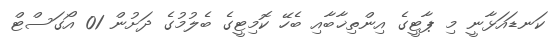
ކަނޑައަޅާނީ މި ޕާޓީގެ އިންތިޚާބާއި ބެހޭ ކޮމިޓީގެ ބެލުމުގެ ދަށުން 01 އޯގަސްޓް